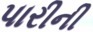
પારીની